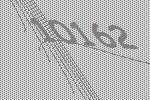
10162